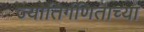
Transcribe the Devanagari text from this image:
ज्योतिर्गणिताच्या